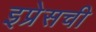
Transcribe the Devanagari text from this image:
इप्रेसची